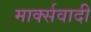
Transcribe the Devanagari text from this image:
मार्क्सवादी